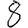
Digit: 8